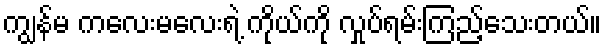
ကျွန်မ ကလေးမလေးရဲ့ ကိုယ်ကို လှုပ်ရမ်းကြည့်သေးတယ်။